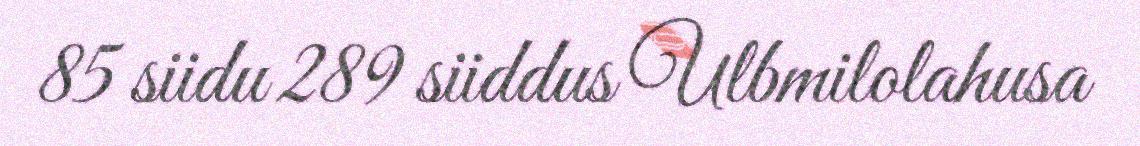
85 siidu 289 siiddus Ulbmilolahusa